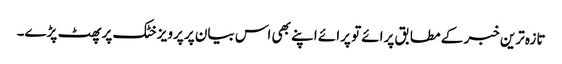
تازہ ترین خبر کے مطابق پرائے تو پرائے اپنے بھی اس بیان پر پرویز خٹک پر پھٹ پڑے۔